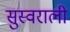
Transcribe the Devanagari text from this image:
सुस्वराली